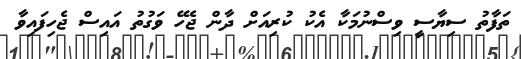
ތަފާތު ސިޔާސީ ވިސްނުމަކާ އެކު ކުރިއަށް ދާން ޖެހޭ ވަގުތު އައިސް ޖެހިފައިވާ